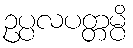
ဥပ္ပလပတ္တမ္ပိ